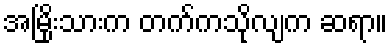
အမြိုးသားက တက်ကသိုလျက ဆရာ။